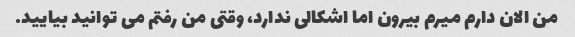
من الان دارم میرم بیرون اما اشکالی ندارد، وقتی من رفتم می توانید بیایید.